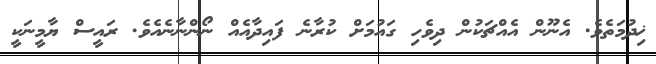
ޚިދުމަތެވެ. އެނޫން އެއްޗަކުން ދިވެހި ގައުމަށް ކުރާނެ ފައިދާއެއް ނޯންނާނެއެވެ. ރައީސް ޔާމީނަކީ